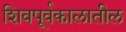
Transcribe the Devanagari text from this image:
शिवपूर्वकालातील